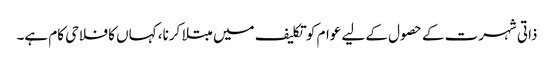
ذاتی شہرت کے حصول کے لیے عوام کو تکلیف میں مبتلا کرنا، کہاں کا فلاحی کام ہے۔